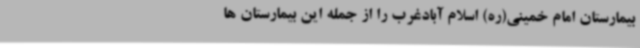
بیمارستان امام خمینی(ره) اسلام آبادغرب را از جمله این بیمارستان ها